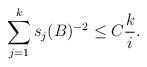
LaTeX: \begin{align*} \sum_{j=1}^k s_j(B)^{-2} \le C \frac{k}{i}. \end{align*}